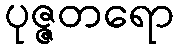
ပုဇ္ဇတရော